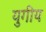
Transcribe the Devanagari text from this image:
युगीय